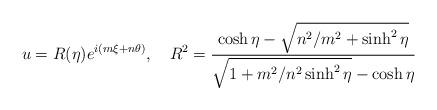
LaTeX: \begin{align*}u = R(\eta) e^{i(m\xi + n \theta) }, \quad R^2 = { \cosh \eta - \sqrt{n^2/m^2 + \sinh^2 \eta } \over \sqrt{1 + m^2/n^2 \sinh^2 \eta } - \cosh \eta }\end{align*}